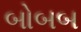
બોબબ